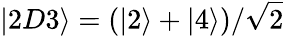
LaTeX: \left\lvert 2D3\right\rangle=(\left\lvert 2\right\rangle+\left\lvert 4\right\rangle)/\sqrt{2}